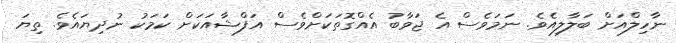
ނާހިލްއަށް ބަލާލިއެވެ. ނަމަވެސް އެ ޖަވާބު އެއްގޮތަކަށްވެސް އަފްޝާއަކަށް ކަމަކު ނުދިޔައެވެ. ތިޔަ